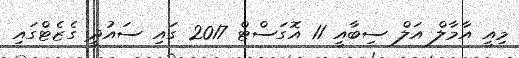
މިއީ އާމާލް އަލް ސިބާއީ 11 އޮގަސްޓް 2017 ގައި ސައުދީ ގެޒެޓްގައި